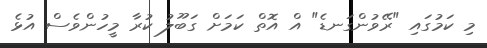
މި ކަމުގައި "ރޭވުންގަނޑެ" އް އޮތް ކަމަށް ގަބޫލު ކުރާ މީހުންވެސް އުޅެ